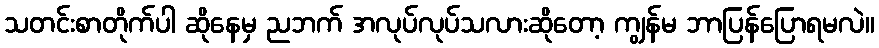
သတင်းစာတိုက်ပါ ဆိုနေမှ ညဘက် အလုပ်လုပ်သလားဆိုတော့ ကျွန်မ ဘာပြန်ပြောရမလဲ။